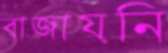
বাজায়নি